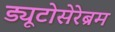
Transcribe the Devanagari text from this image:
ड्यूटोसेरेब्रम